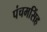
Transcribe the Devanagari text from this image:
पंचमसिंह